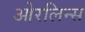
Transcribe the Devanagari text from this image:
ओरलिन्स